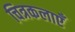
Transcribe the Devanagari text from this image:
चित्रकलाएँ